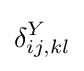
\delta _{ij,kl}^{Y}